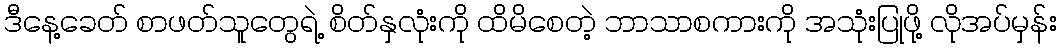
ဒီနေ့ခေတ် စာဖတ်သူတွေရဲ့ စိတ်နှလုံးကို ထိမိစေတဲ့ ဘာသာစကားကို အသုံးပြုဖို့ လိုအပ်မှန်း